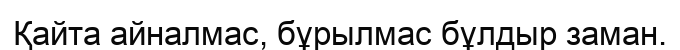
Қайта айналмас, бұрылмас бұлдыр заман.